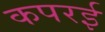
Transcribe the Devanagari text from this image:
कपरई